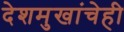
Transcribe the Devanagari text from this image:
देशमुखांचेही